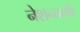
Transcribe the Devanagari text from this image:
नेशन्सतर्फे